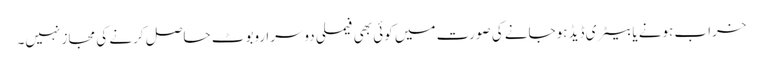
خراب ہونے یا بیٹری ڈیڈ ہوجانے کی صورت میں کوئی بھی فیملی دوسرا روبوٹ حاصل کرنے کی مجاز نہیں۔